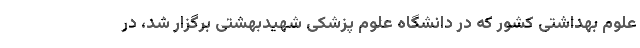
علوم بهداشتی کشور که در دانشگاه علوم پزشکی شهیدبهشتی برگزار شد، در